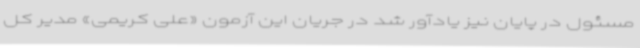
مسئول در پایان نیز یادآور شد در جریان این آزمون «علی کریمی» مدیر کل